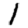
Digit: 1